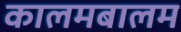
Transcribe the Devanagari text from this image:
कालमबालम